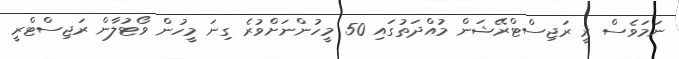
ނަމަވެސް ރީ ރަޖިސްޓްރޭޝަން މުއްދަތުގައި 50 މީހުންނަށްވުރެ ގިނަ މީހުން ވޯޓުލާން ރަޖިސްޓްރީ